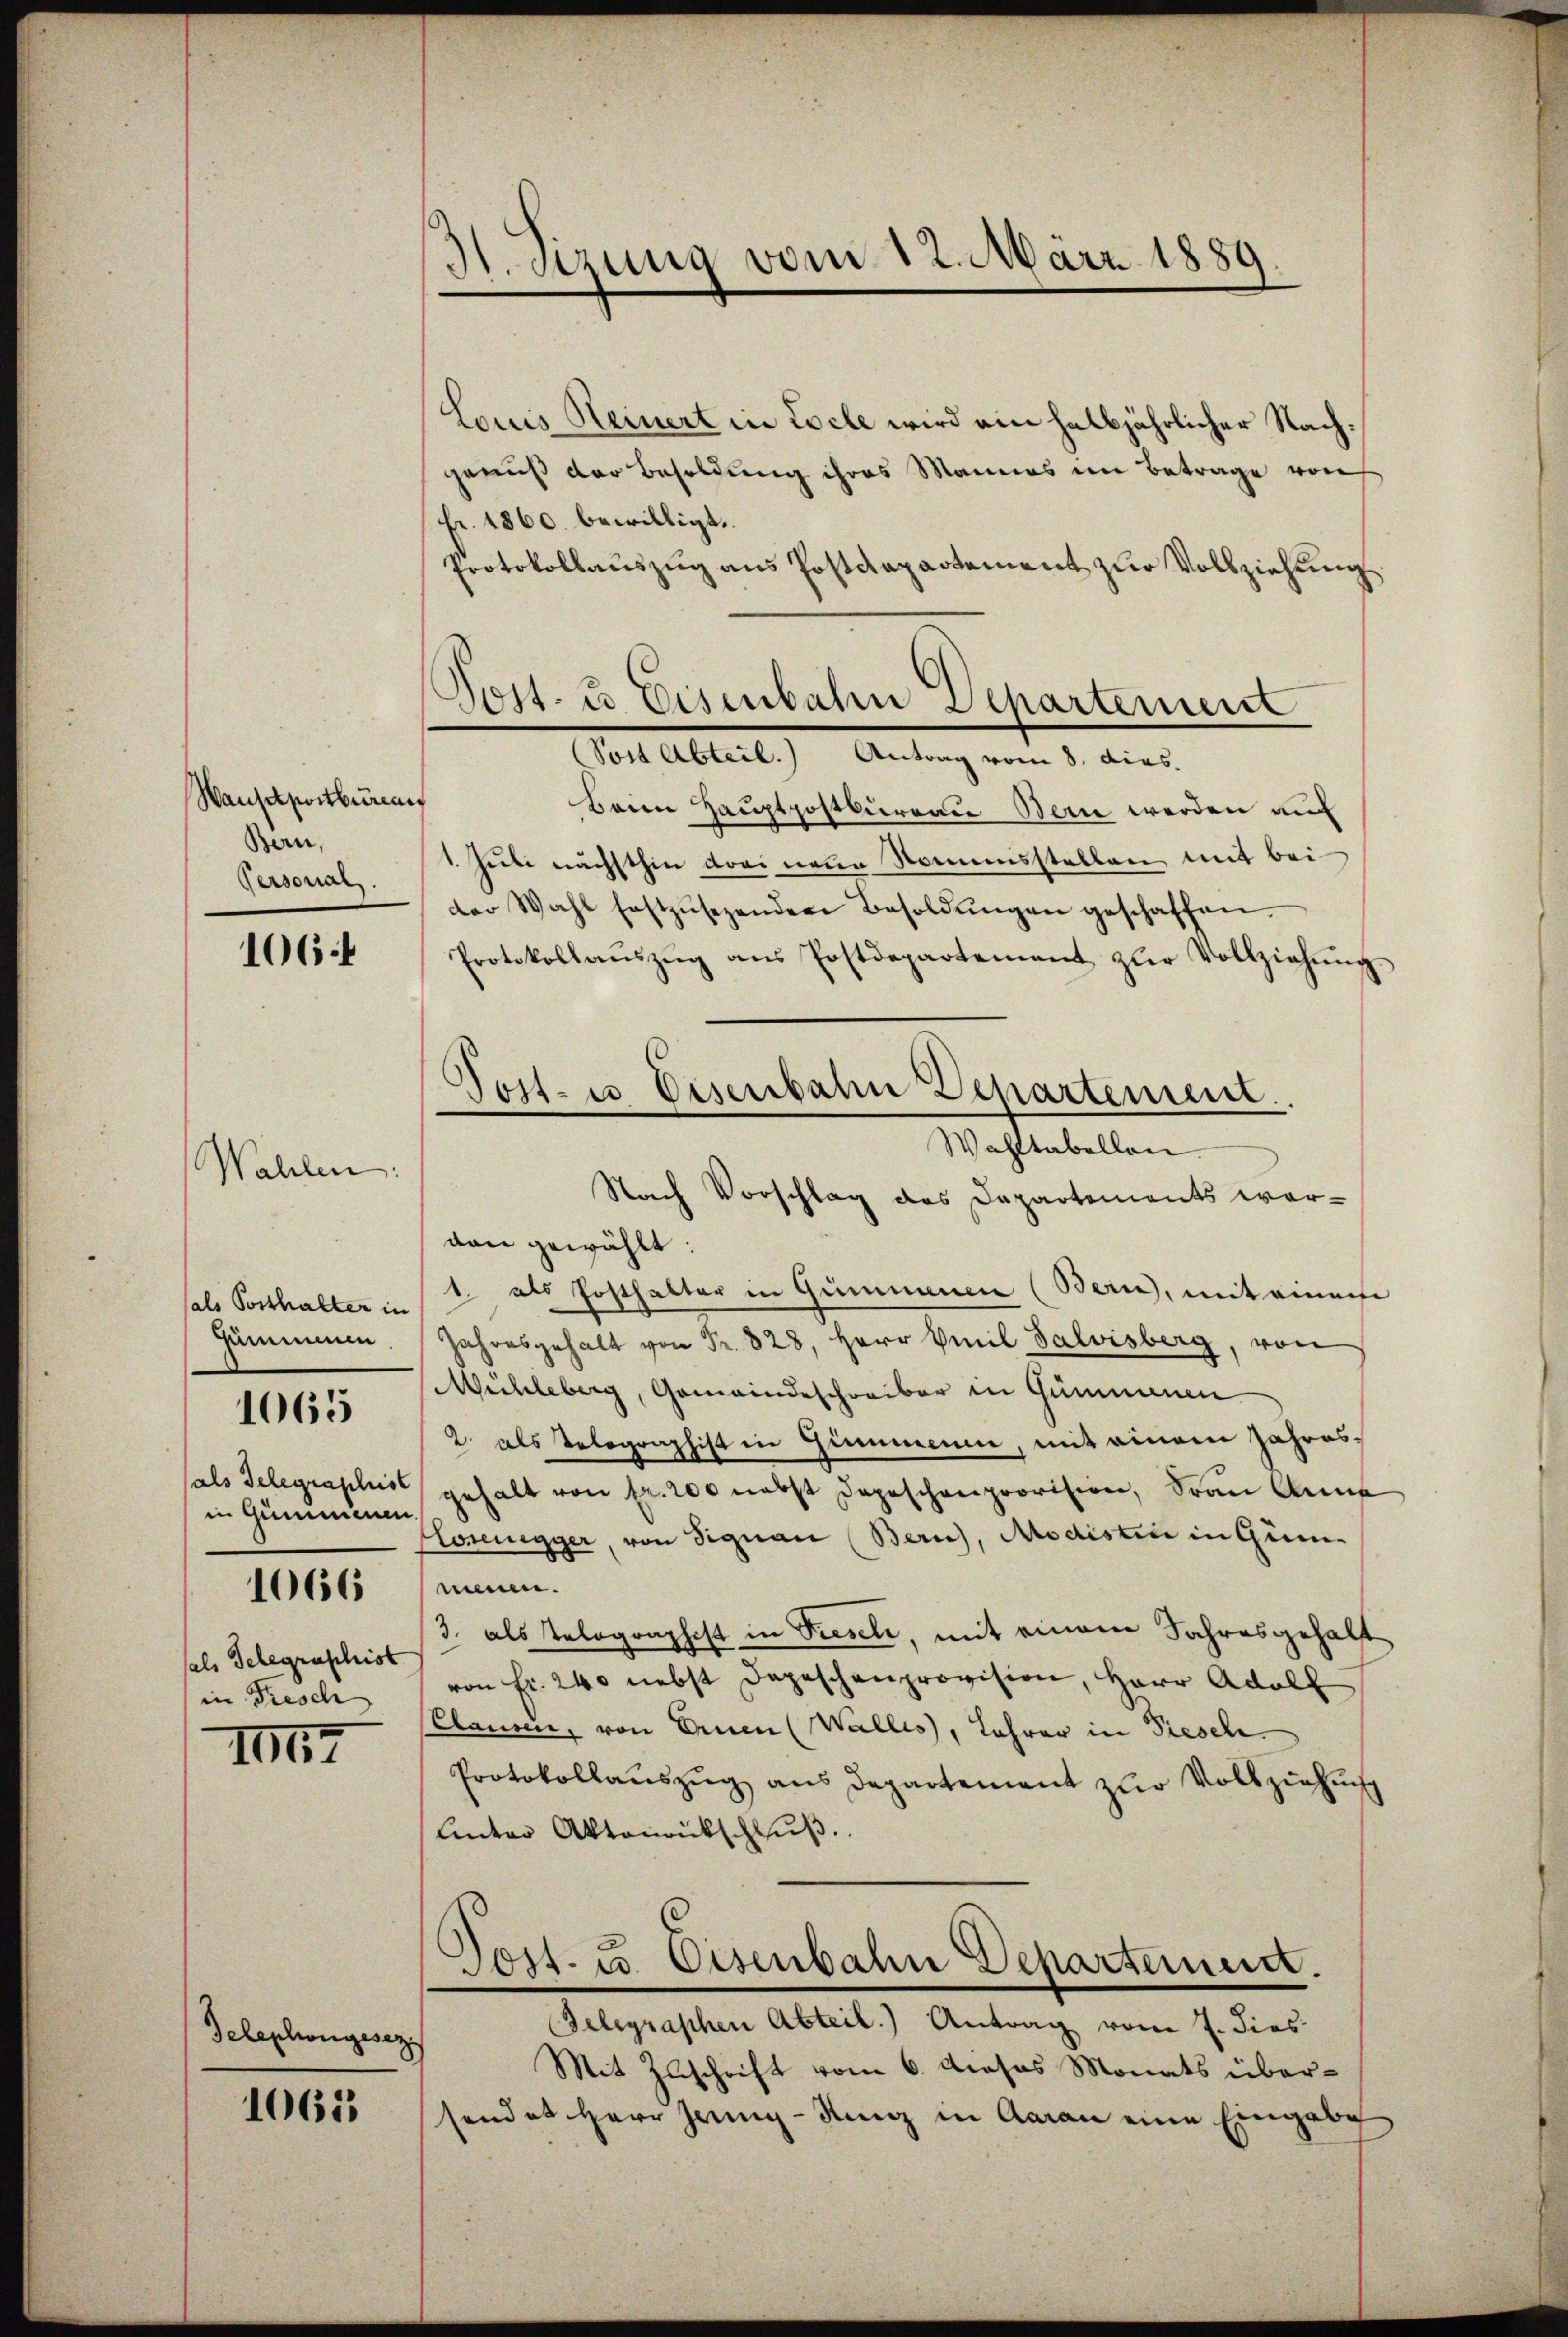
Waustportbureau
Bern,
Versonar

1064

Wahlen

als Posthalter in
Gummien.

1065

in Gummenen
1066

sals Telegraschist
in Friesch

IIII

Telephongesez

1061

H. Szung vom 12. März 1889.

Louis Heinert in Loche wird ein halbjährlicher Nachgenuß der Besoldung ihres Mannes im Betrage von
Fr. 1860 bewilligt.
Protokollauszug aus Postdepartement zur Vollziehung
Beim Hauptpostbüreau Bern werden auf
1. Juli nächsthin drei neue Namensstellen mit bei
der Wahl festzŭsezenden Besoldŭngen geschaffen.
Protokollaŭszŭg ans Postdepartement zŭr Vollziehŭng
Wahltabellen
Nach Vorschlag des Departements wervon gewählt:
1. als Posthalter in Gummenen (Bern, mit einer
Jahresgehalt von Fr. 828. Herr Emil Salvisberg, von
Mühleberg, Gemeindeschreiber in Gummenen
2. als Tolographist in Gummenen, mit einem Jahressals Telegraplus gehalt von fr. 200 nebst dageschenprovision, Frau Ann
Connegger, von Signau (Bern), Modistin in Gunnein.
3. als Telographist in Tieseli, mit einem Jahresgehalt
von Fr. 240 nebst Depeschenprovision, Herr Adolf
Clausen, von Ernen (Wallis, Lehrer in Fiesch
Protokollauszug aus departement zur Vollziehung
Unter Aktenrückschlŭβ
Post- u. Osenbahn Departement.
Gelegraphen Abteil) Antrag vom 7. dies
Mit Zuschrift vom 6. Dieses Monats übersendet Herr Grenz-Kunz in Aarau eine Eingabe

Post- u Eisenbahn Departement
(Post Abteil. Antrag vom 8. dies.

Post- u Disenbahn Departement.